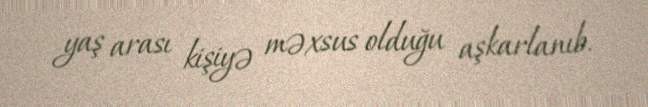
yaş arası kişiyə məxsus olduğu aşkarlanıb.